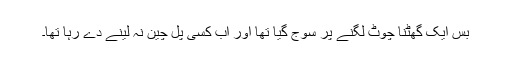
بس ایک گھٹنا چوٹ لگنے پر سوج گیا تھا اور اب کسی پل چین نہ لینے دے رہا تھا۔